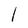
Character: l